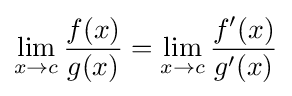
\lim _{x\to c}{\frac {f(x)}{g(x)}}=\lim _{x\to c}{\frac {f'(x)}{g'(x)}}